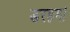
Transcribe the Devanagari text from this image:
डरहम।